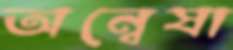
অন্বেষা